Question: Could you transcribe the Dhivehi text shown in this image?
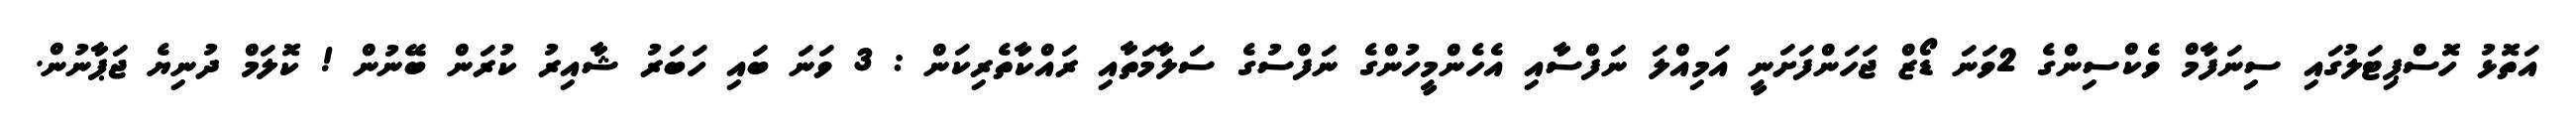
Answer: އަތޮޅު ހޮސްޕިޓަލުގައި ސިނަފާމް ވެކްސިންގެ 2ވަނަ ޑޯޒް ޖަހަންފަށަނީ އަމިއްލަ ނަފްސާއި އެހެންމީހުންގެ ނަފްސުގެ ސަލާމަތާއި ރައްކާތެރިކަން : 3 ވަނަ ބައި ހަބަރު ޝާއިރު ކުރަން ބޭނުން ! ކޮލަމް ދުނިޔެ ޖަޕާނުން.